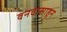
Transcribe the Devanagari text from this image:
वनवासाहून